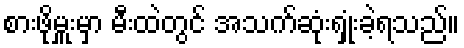
စားဖိုမှူးမှာ မီးထဲတွင် အသက်ဆုံးရှုံးခဲ့ရသည်။